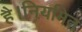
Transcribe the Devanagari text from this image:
है।नियमित